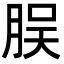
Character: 脵